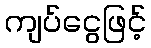
ကျပ်ငွေဖြင့်